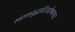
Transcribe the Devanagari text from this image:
स्वशक्तयुद्धाटिताशेषकपाटः